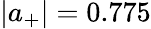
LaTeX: |a_{+}|=0.775